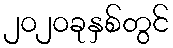
၂၀၂၀ခုနှစ်တွင်